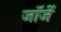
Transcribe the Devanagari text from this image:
जॉर्जे